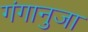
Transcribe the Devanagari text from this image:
गंगानुजा